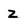
Character: z